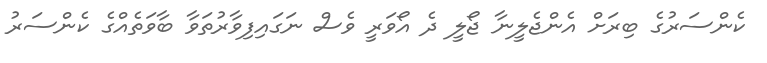
ކެންސަރުގެ ބިރަށް އެންޖެލީނާ ޖޯލީ ދެ އޯވަރީ ވެސް ނަގައިފިވާރުތަވާ ބާވަތެއްގެ ކެންސަރު